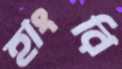
হাংরি